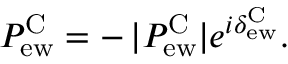
P _ { \mathrm { e w } } ^ { \mathrm { C } } = - \, | P _ { \mathrm { e w } } ^ { \mathrm { C } } | e ^ { i \delta _ { \mathrm { e w } } ^ { \mathrm { C } } } .